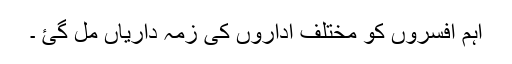
اہم افسروں کو مختلف اداروں کی زمہ داریاں مل گئ ۔